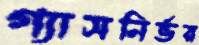
গ্যাসনির্ভর